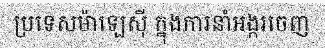
ប្រទេសម៉ាឡេស៊ី ក្នុងការនាំអង្ករចេញ